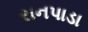
રાનપાડા